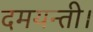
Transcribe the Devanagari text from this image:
दमयन्ती।